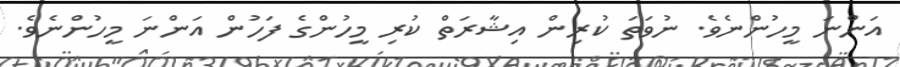
އަންނަ މީހުންނެވެ. ނުވަތަ ކުރިން އިޝާރަތް ކުރި މީހުންގެ ފަހުން އަންނަ މީހުންނެވެ.